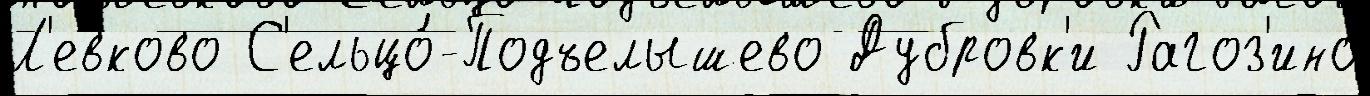
Л'евково С'ельцо́-Подъелышево Дубровк'и Рагоз'ино